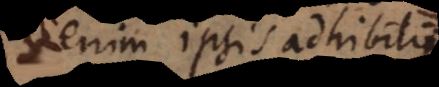
enim ipsis adhibitis